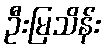
ဦးမြသိန်း